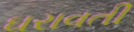
ઘરાવતી